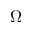
\Omega